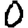
Digit: 0